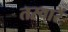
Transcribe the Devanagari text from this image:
तस्‍वारें